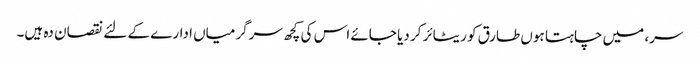
سر، میں چاہتا ہوں طارق کو ریٹائر کر دیا جائے اس کی کچھ سرگرمیاں ادارے کے لئے نقصان دہ ہیں۔